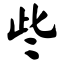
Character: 些